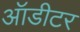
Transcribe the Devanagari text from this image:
ऑडीटर